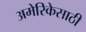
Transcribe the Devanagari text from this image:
अमेरिकेसाठी